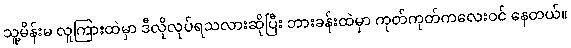
သူ့မိန်းမ လူကြားထဲမှာ ဒီလိုလုပ်ရသလားဆိုပြီး ဘားခန်းထဲမှာ ကုတ်ကုတ်ကလေးဝင် နေတယ်။